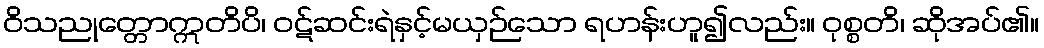
ဝိသညုတ္တောဣတိပိ၊ ဝဋ်ဆင်းရဲနှင့်မယှဉ်သော ရဟန်းဟူ၍လည်း။ ဝုစ္စတိ၊ ဆိုအပ်၏။